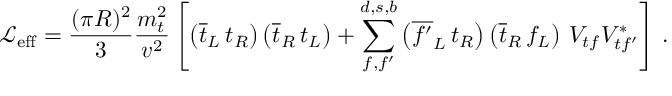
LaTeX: { \mathcal { L } } _ { \mathrm { e f f } } = \frac { ( \pi R ) ^ { 2 } } { 3 } \frac { m _ { t } ^ { 2 } } { v ^ { 2 } } \left[ \left( \overline { { { t } } } _ { L } \, t _ { R } \right) \left( \overline { { { t } } } _ { R } \, t _ { L } \right) + \sum _ { f , f ^ { \prime } } ^ { d , s , b } \left( \overline { { { f ^ { \prime } } } } _ { L } \, t _ { R } \right) \left( \overline { { { t } } } _ { R } \, f _ { L } \right) \, V _ { t f } V _ { t f ^ { \prime } } ^ { * } \right] \, .